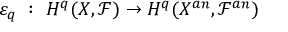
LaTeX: \varepsilon _ { q } \ : \ H ^ { q } ( X , { \mathcal { F } } ) \rightarrow H ^ { q } ( X ^ { a n } , { \mathcal { F } } ^ { a n } )